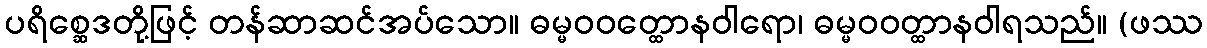
ပရိစ္ဆေဒတို့ဖြင့် တန်ဆာဆင်အပ်သော။ ဓမ္မဝဝတ္ထောနဝါရော၊ ဓမ္မဝဝတ္ထာနဝါရသည်။ (ဖဿ